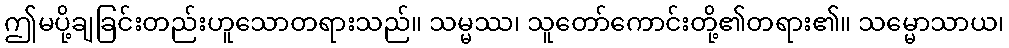
ဤမပို့ချခြင်းတည်းဟူသောတရားသည်။ သမ္မဿ၊ သူတော်ကောင်းတို့၏တရား၏။ သမ္မောသာယ၊